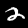
Digit: 2